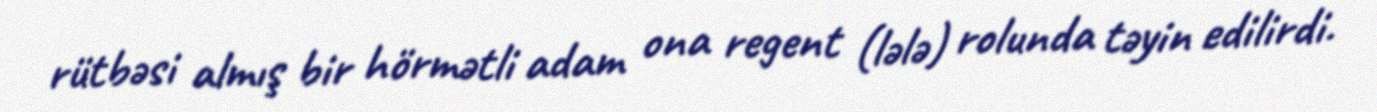
rütbəsi almış bir hörmətli adam ona regent (lələ) rolunda təyin edilirdi.